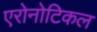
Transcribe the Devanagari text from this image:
एरोनोटिकल